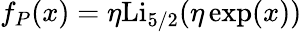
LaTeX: f_{P}(x)=\eta\mathrm{Li}_{5/2}(\eta\exp(x))